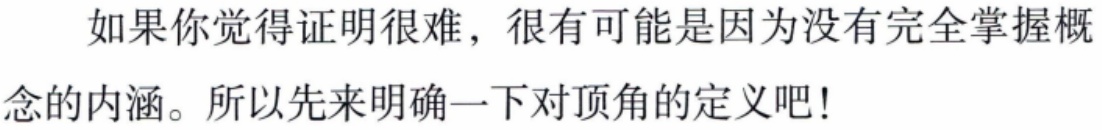
如果你觉得证明很难，很有可能是因为没有完全掌握概念的内涵。所以先来明确一下对顶角的定义吧!